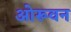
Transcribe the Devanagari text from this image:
ओरूवन